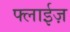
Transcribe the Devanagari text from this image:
फ्लाईज़